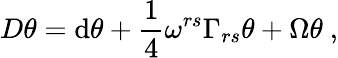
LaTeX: D\theta=\mathrm{d}\theta+\frac{{1}}{{4}}\omega^{rs}\Gamma_{rs}\theta+\Omega\theta~,